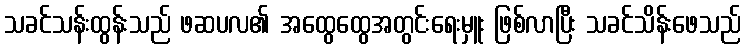
သခင်သန်းထွန်းသည် ဖဆပလ၏ အထွေထွေအတွင်းရေးမှူး ဖြစ်လာပြီး သခင်သိန်းဖေသည်